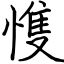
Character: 愯